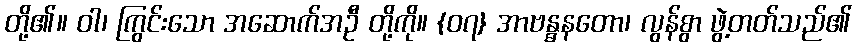
တို့၏။ ဝါ၊ ကြွင်းသော အဆောက်အဦ တို့ကို။ {၀၇} အာဗန္ဓနတော၊ လွန်စွာ ဖွဲ့တတ်သည်၏